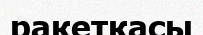
ракеткасы